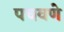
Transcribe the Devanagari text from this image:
पचवणे